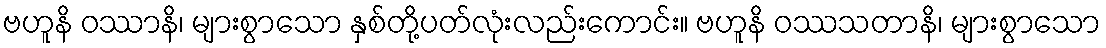
ဗဟူနိ ဝဿာနိ၊ များစွာသော နှစ်တို့ပတ်လုံးလည်းကောင်း။ ဗဟူနိ ဝဿသတာနိ၊ များစွာသော